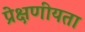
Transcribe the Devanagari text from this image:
प्रेक्षणीयता